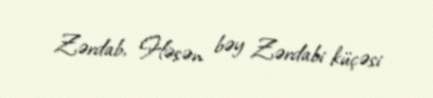
Zərdab, Həsən bəy Zərdabi küçəsi